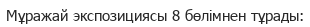
Мұражай экспозициясы 8 бөлімнен тұрады: